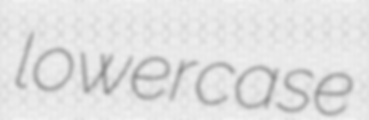
lowercase